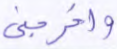
وأخرجني